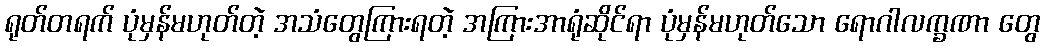
ရုတ်တရက် ပုံမှန်မဟုတ်တဲ့ အသံတွေကြားရတဲ့ အကြားအာရုံဆိုင်ရာ ပုံမှန်မဟုတ်သော ရောဂါလက္ခဏာ တွေ